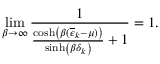
\operatorname* { l i m } _ { \beta \to \infty } \frac { 1 } { \frac { \cosh \left( \beta ( \overline { { \epsilon } } _ { k } - \mu ) \right) } { \sinh \left( \beta \delta _ { k } \right) } + 1 } = 1 .